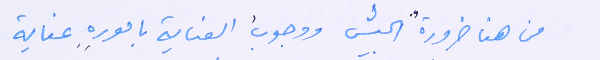
من هنا ضرورةُ الجيش ووجوبُ العناية بامورِهِ عناية